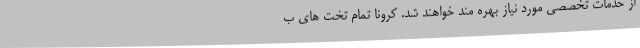
از خدمات تخصصی مورد نیاز بهره مند خواهند شد. کرونا تمام تخت های ب